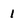
Character: 1